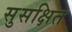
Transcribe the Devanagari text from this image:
सुसक्षित